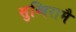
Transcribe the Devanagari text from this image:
सुब्बिरामै